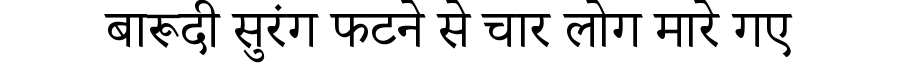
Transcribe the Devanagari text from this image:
बारूदी सुरंग फटने से चार लोग मारे गए